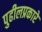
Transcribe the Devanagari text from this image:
पुढीलप्रकारे